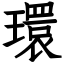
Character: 環